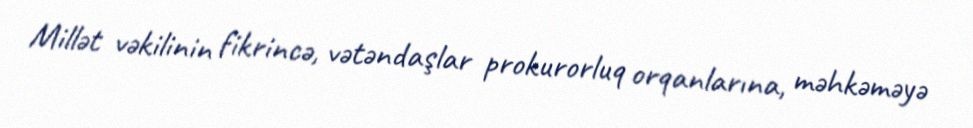
Millət vəkilinin fikrincə, vətəndaşlar prokurorluq orqanlarına, məhkəməyə